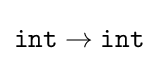
{\mathtt {int}}\to {\mathtt {int}}